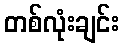
တစ်လုံးချင်း